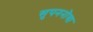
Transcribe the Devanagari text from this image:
सुपननोवा